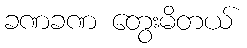
ခဏခဏ တွေးမိတယ်